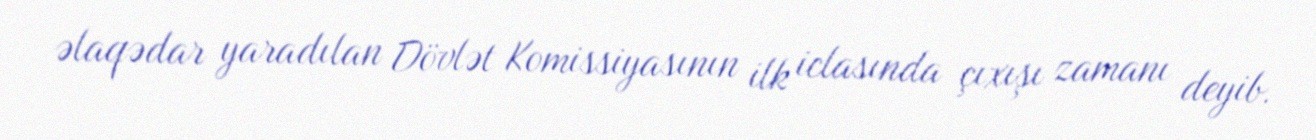
əlaqədar yaradılan Dövlət Komissiyasının ilk iclasında çıxışı zamanı deyib.